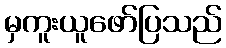
မှကူးယူဖော်ပြသည်